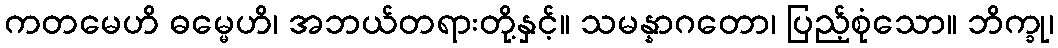
ကတမေဟိ ဓမ္မေဟိ၊ အဘယ်တရားတို့နှင့်။ သမန္နာဂတော၊ ပြည့်စုံသော။ ဘိက္ခု၊